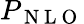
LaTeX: P_{\mathrm{~N~L~O~}}